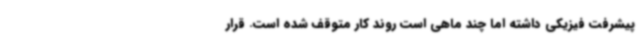
پیشرفت فیزیکی داشته اما چند ماهی است روند کار متوقف شده است. قرار